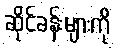
ဆိုင်ခန်းများကို